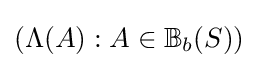
(\Lambda (A):A\in \mathbb {B} _{b}(S))